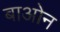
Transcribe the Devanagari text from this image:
बाओन